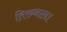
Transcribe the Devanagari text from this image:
तिरुनाल।